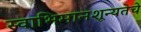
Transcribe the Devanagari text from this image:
स्वाभिमानशून्यतेचे